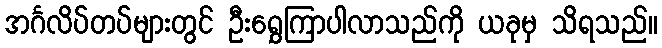
အင်္ဂလိပ်တပ်များတွင် ဦးရွှေကြာပါလာသည်ကို ယခုမှ သိရသည်။